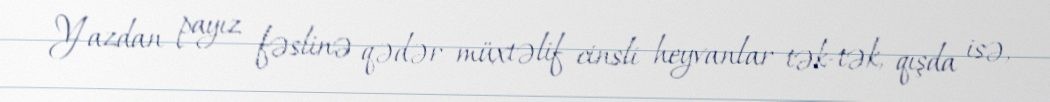
Yazdan payız fəslinə qədər müxtəlif cinsli heyvanlar tək-tək, qışda isə,